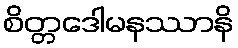
စိတ္တဒေါမနဿာနိ